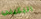
البكيني